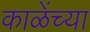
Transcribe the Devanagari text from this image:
काळेंच्या